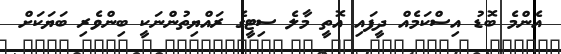
އެންމެ ބޮޑު އިސްކަމެއް ދީފައި އޮތީ މާލެ ސިޓީގެ ރައްޔިތުންނަކީ ބިންވެރި ބަޔަކަށް